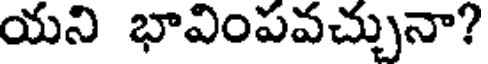
యని భావింపవచ్చునా?